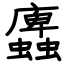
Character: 蠯